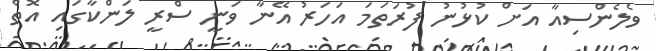
ވެލެންސިއާ އަށް ކުޅުނު ފުރަތަމަ އަހަރު އޭނާ ވަނީ ސްރީ ލަންކާގައި އޮތް